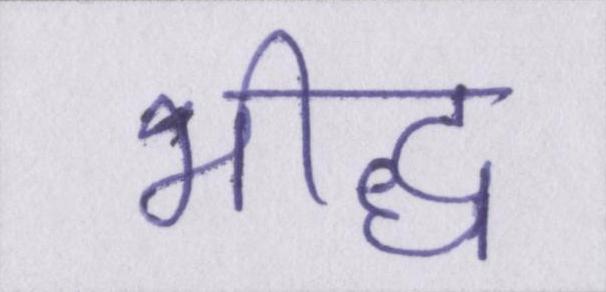
भीद्ध